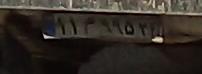
۱۱م۹۵۵۲۴